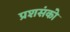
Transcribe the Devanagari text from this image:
प्रशसंको